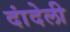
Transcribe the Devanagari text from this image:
दांदेली